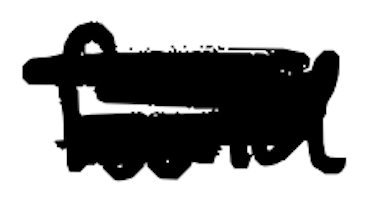
Text: found
Cross-out: scratch
Writing tool: digital_black